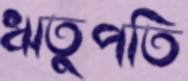
ঋতুপতি